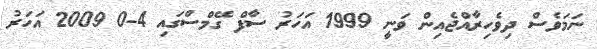
ނަމަވެސް ދިވެހިރާއްޖެއިން ވަނީ 1999 އަހަރު ސާފް ގޭމްސްގައި 4-0 2009 އަހަރު